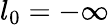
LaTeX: l_{0}=-\infty